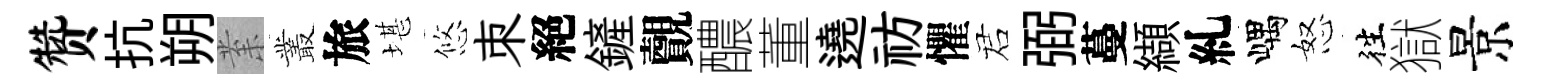
赞抗朔𭪙叢旅堪悠朿絕鏟覿醲董遶祊懼诺弼蔓纈糺嵎怒徃獄景